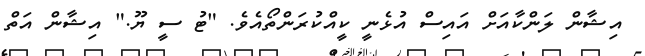
އިޝާން ލަންކާއަށް އައިސް އުޅެނީ ކީއްކުރަންތޯއެވެ. "ޓު ސީ ޔޫ." އިޝާން އަތް